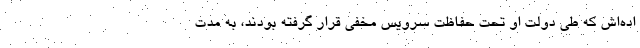
اده‌اش که طی دولت او تحت حفاظت سرویس مخفی قرار گرفته بودند، به مدت